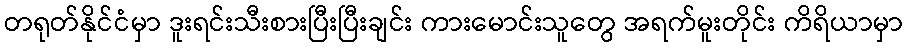
တရုတ်နိုင်ငံမှာ ဒူးရင်းသီးစားပြီးပြီးချင်း ကားမောင်းသူတွေ အရက်မူးတိုင်း ကိရိယာမှာ